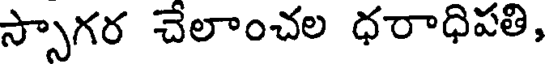
స్సాగర చేలాంచల ధరాధిపతి,